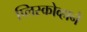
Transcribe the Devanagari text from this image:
प्लिस्कोव्हाने